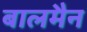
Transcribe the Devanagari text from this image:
बालमैन